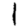
Digit: 1